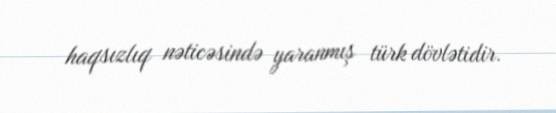
haqsızlıq nəticəsində yaranmış türk dövlətidir.